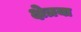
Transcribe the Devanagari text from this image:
क्षेत्रया